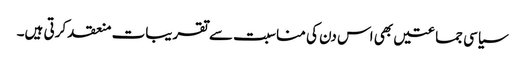
سیاسی جماعتیں بھی اس دن کی مناسبت سے تقریبات منعقد کرتی ہیں۔